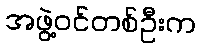
အဖွဲ့ဝင်တစ်ဦးက